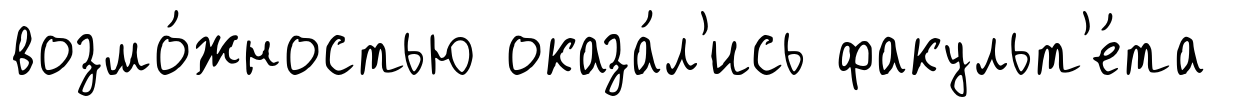
возмо́жностью оказа́л'ись факульт'е́та